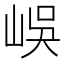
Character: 𡷤